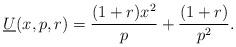
LaTeX: \begin{align*}\underline{U}(x,p,r)=\frac{(1+r)x^2}{p}+\frac{(1+r)}{p^2}.\end{align*}